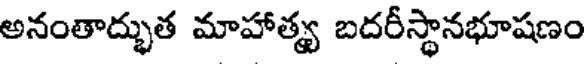
అనంతాద్భుత మాహాత్య బదరీస్థానభూషణం